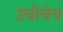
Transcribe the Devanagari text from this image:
उंचीचेच